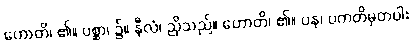
ဟောတိ၊ ၏။ ပစ္ဆာ၊ ၌။ နီလံ၊ ညိုသည်။ ဟောတိ၊ ၏။ ပန၊ ပကတိမှတပါး